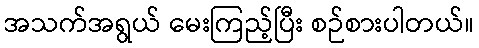
အသက်အရွယ် မေးကြည့်ပြီး စဉ်စားပါတယ်။